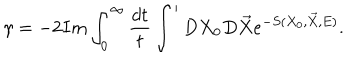
LaTeX: \gamma = - 2 I m \int _ { 0 } ^ { \infty } \frac { d t } { t } \int ^ { \prime } D X _ { 0 } D \vec { X } e ^ { - S ( X _ { 0 } , \vec { X } , E ) } .